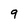
Character: 9